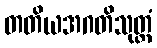
တတိယအဂတိသုတ္တံ